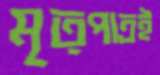
মৃত্পাত্রই